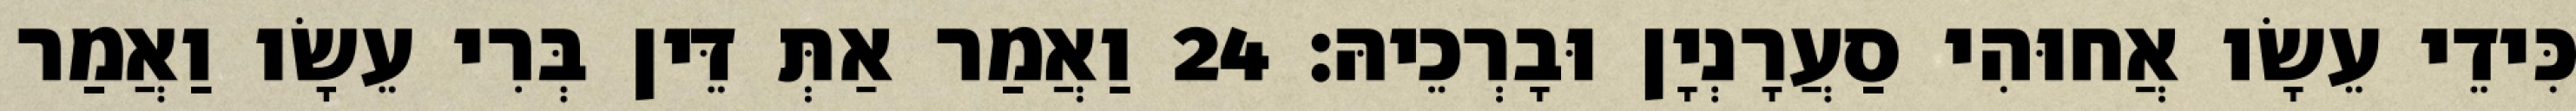
כִּידֵי עֵשָׂו אֲחוּהִי סַעֲרָנְיָן וּבָרְכֵיהּ׃ 24 וַאֲמַר אַתְּ דֵּין בְּרִי עֵשָׂו וַאֲמַר